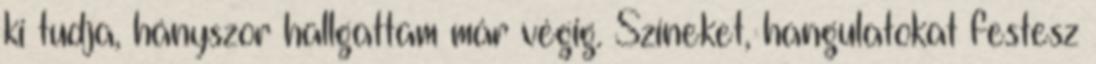
ki tudja, hányszor hallgattam már végig. Színeket, hangulatokat festesz